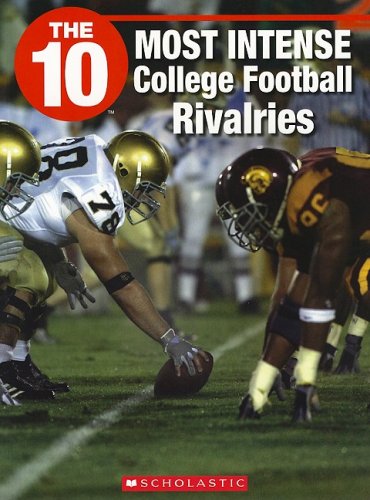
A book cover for The 10 Most Intense College Football Rivalries (10 (Franklin Watts)); Kevin Yuen; Teen & Young Adult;